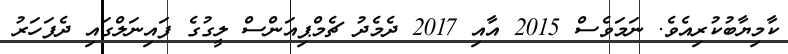
ކާމިޔާބުކުރިއެވެ. ނަމަވެސް 2015 އާއި 2017 ދެމެދު ޗެމްޕިއަންސް ލީގުގެ ފައިނަލްގައި ދެފަހަރު